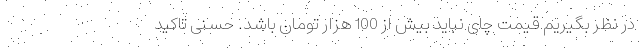
در نظر بگیریم قیمت چای نباید بیش از 100 هزار تومان باشد. حسنی تاکید